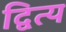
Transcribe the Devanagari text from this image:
द्वित्य